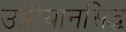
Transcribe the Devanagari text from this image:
उड्डीयानसिद्ध